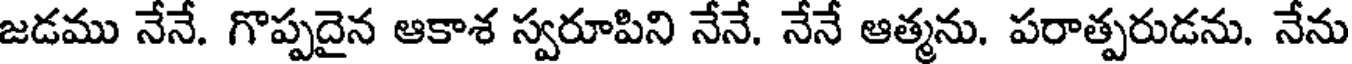
జడము నేనే. గొప్పదైన ఆకాశ స్వరూపిని నేనే. నేనే ఆత్మను. పరాత్పరుడను. నేను